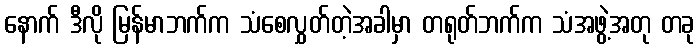
နောက် ဒီလို မြန်မာဘက်က သံစေလွှတ်တဲ့အခါမှာ တရုတ်ဘက်က သံအဖွဲ့အတု တခု